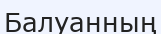
Балуанның